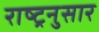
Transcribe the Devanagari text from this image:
राष्ट्रनुसार